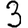
Digit: 3